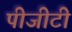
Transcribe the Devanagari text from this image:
पीजीटी